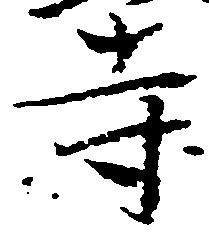
寺